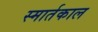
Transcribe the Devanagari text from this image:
स्मार्तकाल